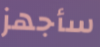
سأجهز